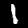
Digit: 1